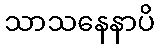
သာသနေနာပိ